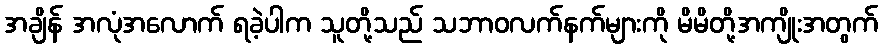
အချိန် အလုံအလောက် ရခဲ့ပါက သူတို့သည် သဘာဝလက်နက်များကို မိမိတို့အကျိုးအတွက်